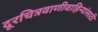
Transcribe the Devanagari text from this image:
दूरचित्रवाणीवाहिन्यांसाठी